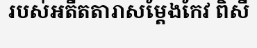
របស់អតីតតារាសម្តែងកែវ ពិសី